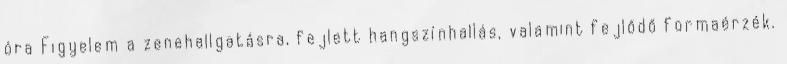
óra Figyelem a zenehallgatásra, fejlett hangszínhallás, valamint fejlődő formaérzék.